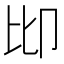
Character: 𠨒